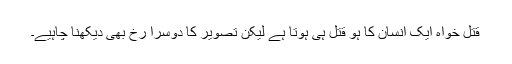
قتل خواہ ایک انسان کا ہو قتل ہی ہوتا ہے لیکن تصویر کا دوسرا رخ بھی دیکھنا چاہیے۔